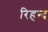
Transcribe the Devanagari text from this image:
रिहन्‍द